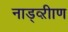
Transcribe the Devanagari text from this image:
नाड्व्ऱीाण